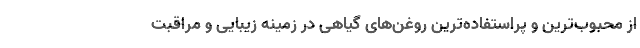
از محبوب­ترین و پراستفاده­ترین روغن­های گیاهی در زمینه زیبایی و مراقبت